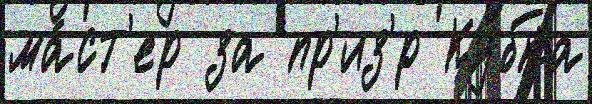
ма́ст'ер за пр'из'́р Ку́бка